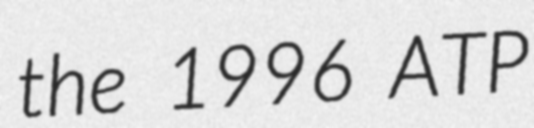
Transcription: the 1996 ATP